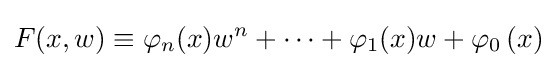
F(x,w)\equiv \varphi _{n}(x)w^{n}+\cdots +\varphi _{1}(x)w+\varphi _{0}\left(x\right)